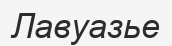
Лавуазье